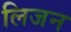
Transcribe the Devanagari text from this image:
लिजन